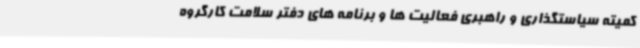
کمیته سیاستگذاری و راهبری فعالیت ها و برنامه های دفتر سلامت کارگروه